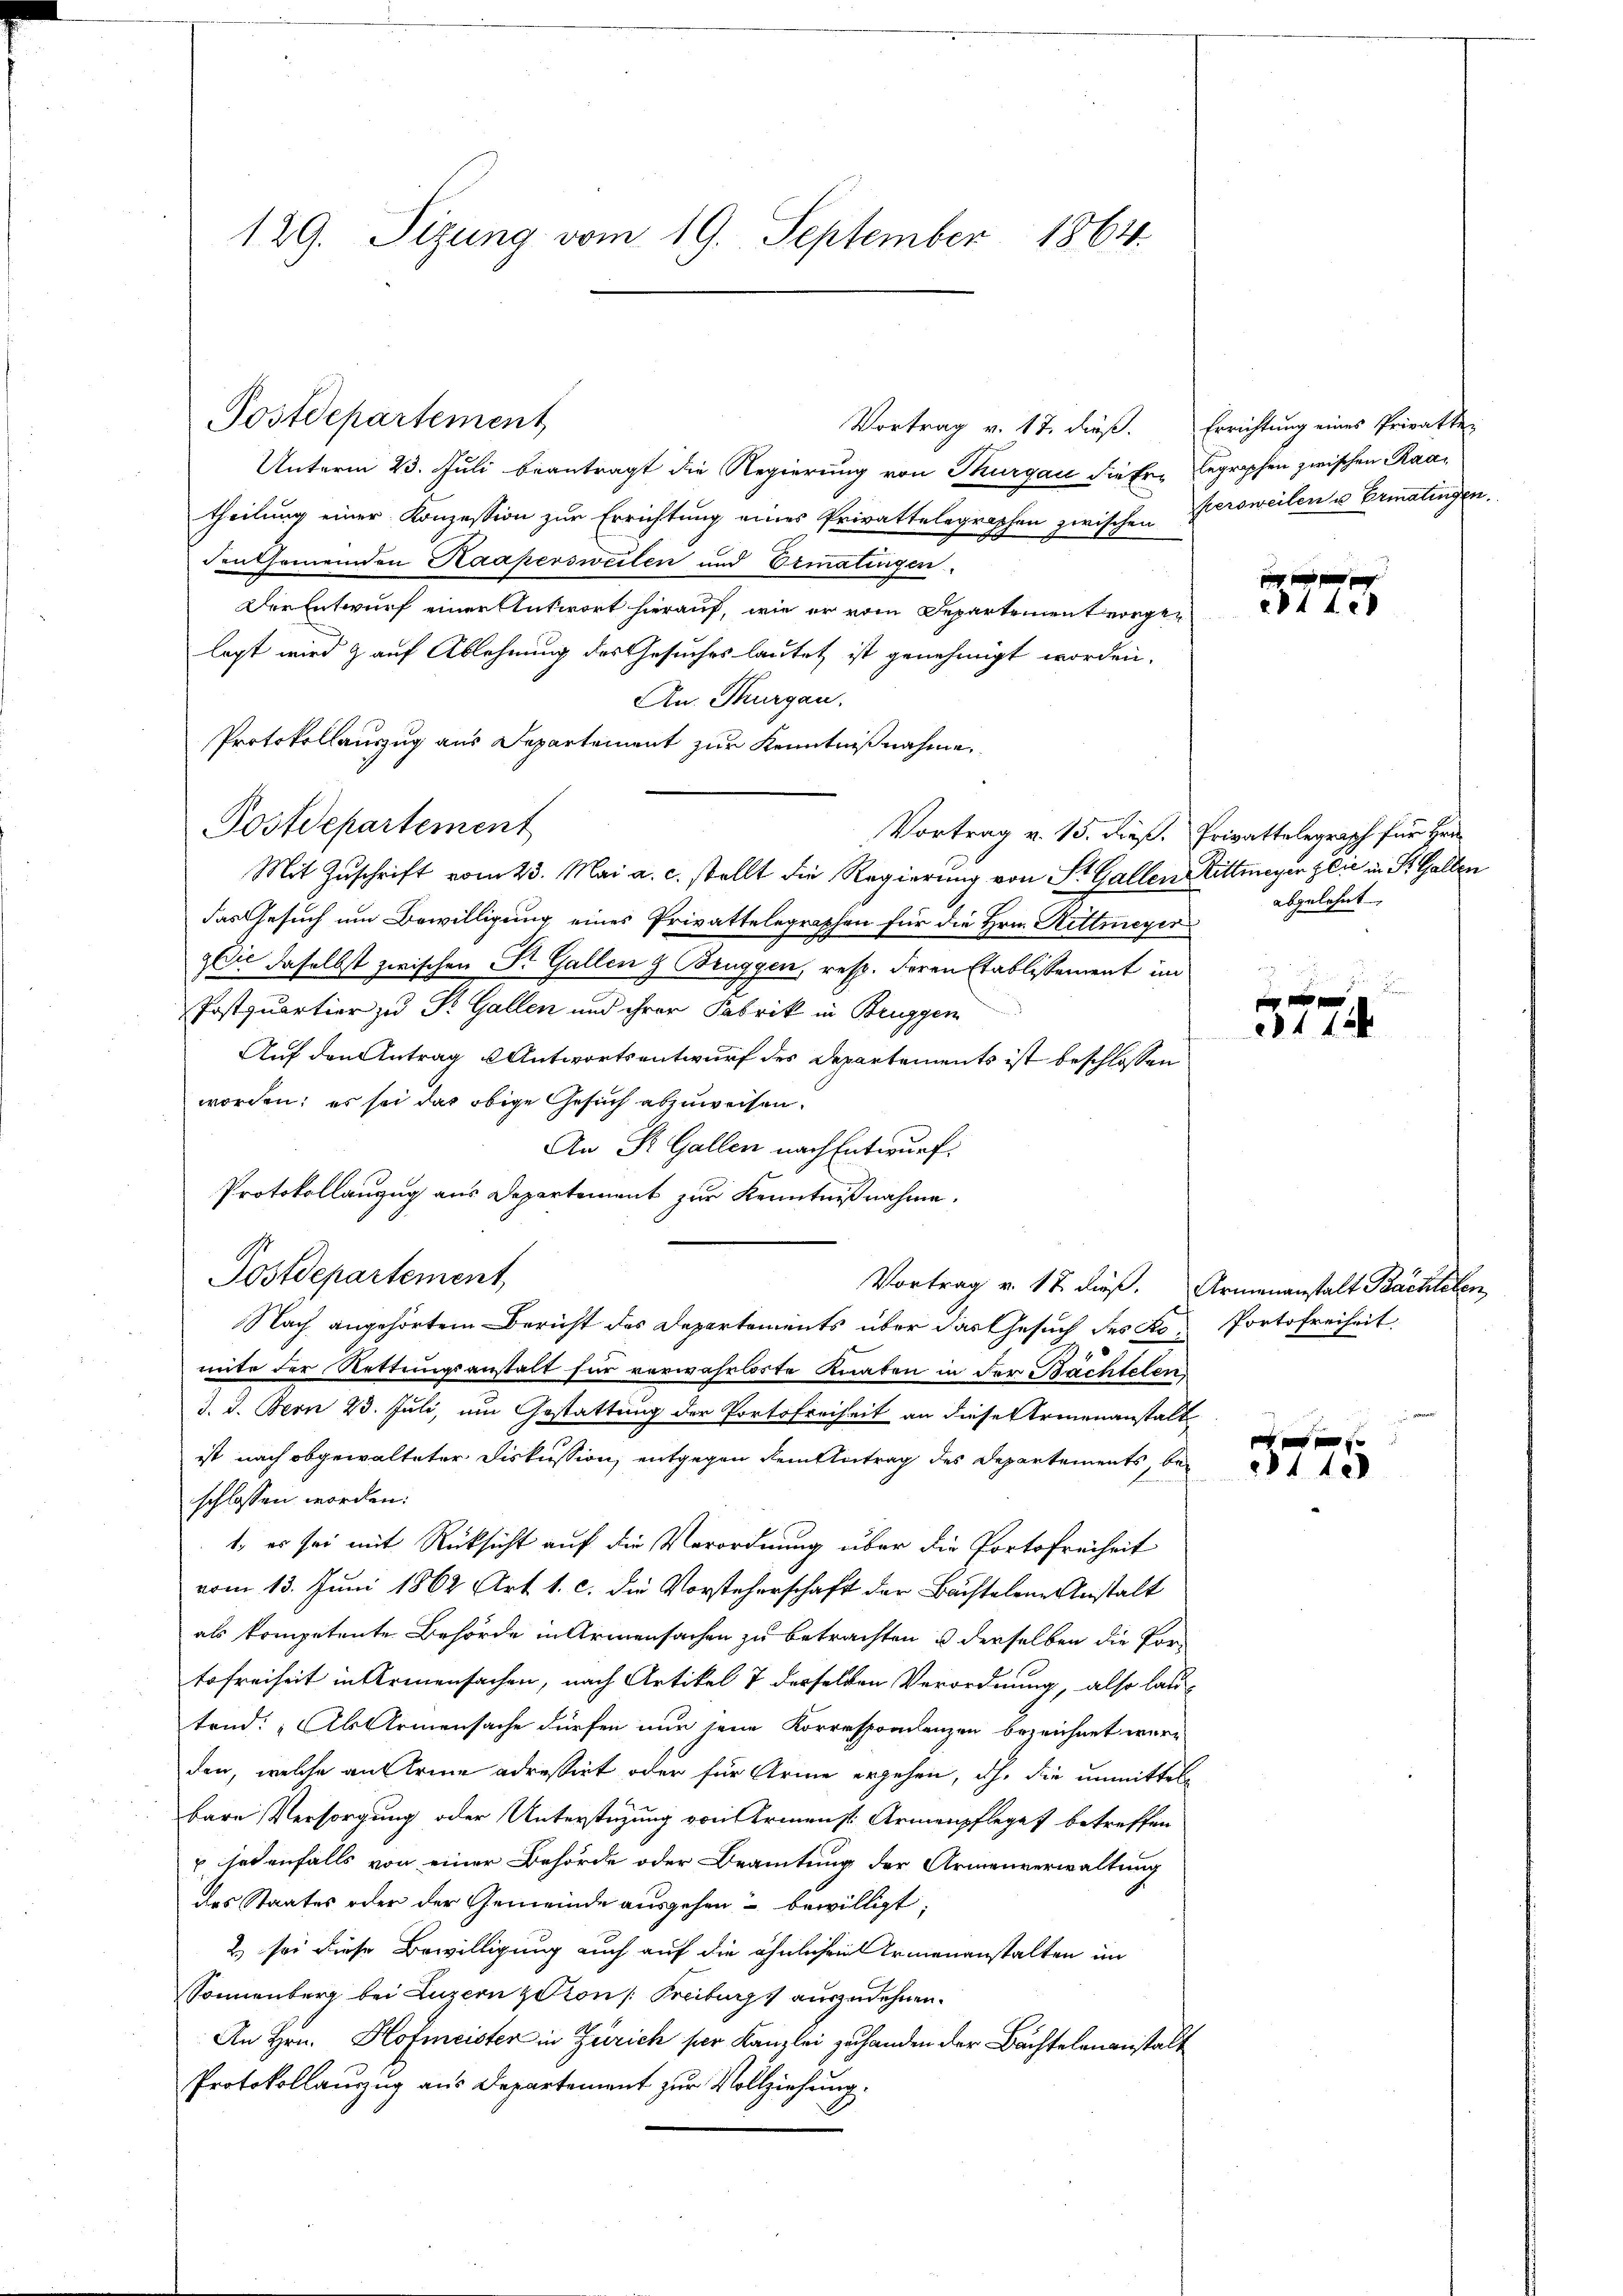
129. Sizung vom 19. September 1864.

Vortrag v. 17. dieß. Errichtung eines Privatten
Unterm 23. Juli beantragt die Regierung von Thurgau dieser Legraphen zwischen Raatheilung einer Konzession zur Errichtung eines Privattelegraphen zwischen Verweilen u Ermatingen.
den Gemeinden Kaapersweilen und Ermatingen.
Der Entwurf einer Antwort hierauf, wie er vom Departement vorgen
legt wird & auf Ablehnung des Gesuches lautet ist genehmigt worden.
An. Thurgau.
Protokollauszug aus Departement zur Kenntnißnahme,
Postdepartement
Vortrag v. 15. dieß. Privattelegraph für Hrn.
Mit Zuschrift vom 23. Mai a. c. stellt die Regierung von St. Gallen Rittmeyer zeit in St. Gallen
das Gesuch um Bewilligung eines Privattelegraphen für die Hrn. Rittmeyer
Die daselbst zwischen St. Gallen z. Bruggen, resp. deren Etablissement im
Postquartier zu Dr. Gallen und ihrer Fabrik in Bruggen
Auf den Antrag Antwortsentwurf des Departements ist beschlossen
worden; es sei das obige Gesuch abzuweisen.
An St. Gallen nach Entwurf.
Protokollanzug aus Departement zur Kenntnißnahme.
Postdepartement
Nach angehörtem Bericht des Departements über das Gesuch des Ko- Portofreiheit
uite der Rettungsanstalt für verwahrloste Knaben in der Bachtelen
I. d. Bern 23. Juli, um Gestattung der Portofreiheit an diese Armenanstalt
ist nach obgewalteter Diskussion, entgegen dem Antrag des Departements, bei
schlossen worden:
1. es sei mit Rücksicht auf die Verordnung über die Portofreiheit
vom 13. Juni 1862 Art. 1. c. die Vorsteherschaft der Bachtelene Anstalt
als kompetente Behörde in Armensachen zu betrachten u derselben die Vortofreiheit in Armensachen, nach Artikel 7 desselben Verordnung, also lat
tend: „Als Armensache dürfen nur jene Korresponienzen bezeichnet werden, welche an Arme adressirt oder für Arme ergehen, ihn die unmittel
bare Versorgung oder Unterstüzung von Armenst Armenpfleges betreffen
sotenfalls von einer Behörde oder Beamtung der Armenverwaltung
des Staates oder der Gemeinde ausgehen bewilligt;
2) sei diese Bewilligung auch auf die ähnlichen Armenanstalten im
Sonnenberg bei Luzern dton Freiburg auszudehnen.
An Hrn. Hofmeister in Zürich per Kanzlei zu handen der Bachtelenanstalt
Protokollauszug aus Departement zur Vollziehung.

Postdepartement

x
atte

abgelehnt

284. 12

Vortrag v. 17. dieß. Armenanstalt Bachteten

x x
2142